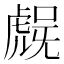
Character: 𮓨